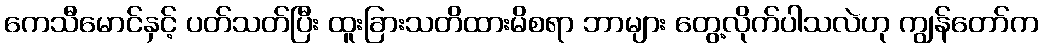
ကေသီမောင်နှင့် ပတ်သတ်ပြီး ထူးခြားသတိထားမိစရာ ဘာများ တွေ့လိုက်ပါသလဲဟု ကျွန်တော်က